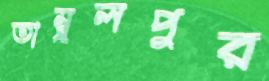
তাম্বুলপুর